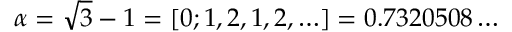
\alpha = \sqrt { 3 } - 1 = [ 0 ; 1 , 2 , 1 , 2 , \ldots ] = 0 . 7 3 2 0 5 0 8 \ldots